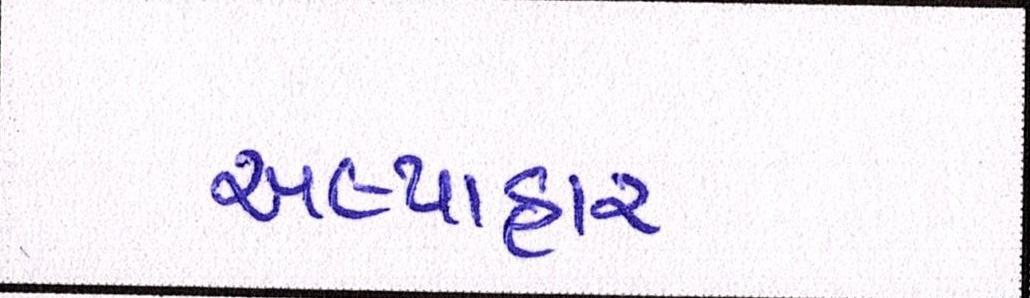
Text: અલ્પાહાર